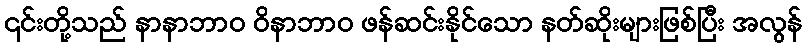
၎င်းတို့သည် နာနာဘာဝ ဝိနာဘာဝ ဖန်ဆင်းနိုင်သော နတ်ဆိုးများဖြစ်ပြီး အလွန်